Annual report of the Punjab Veterinary College and of the Civil Veterinary Department, Punjab - 1926-1932
Year: 1926
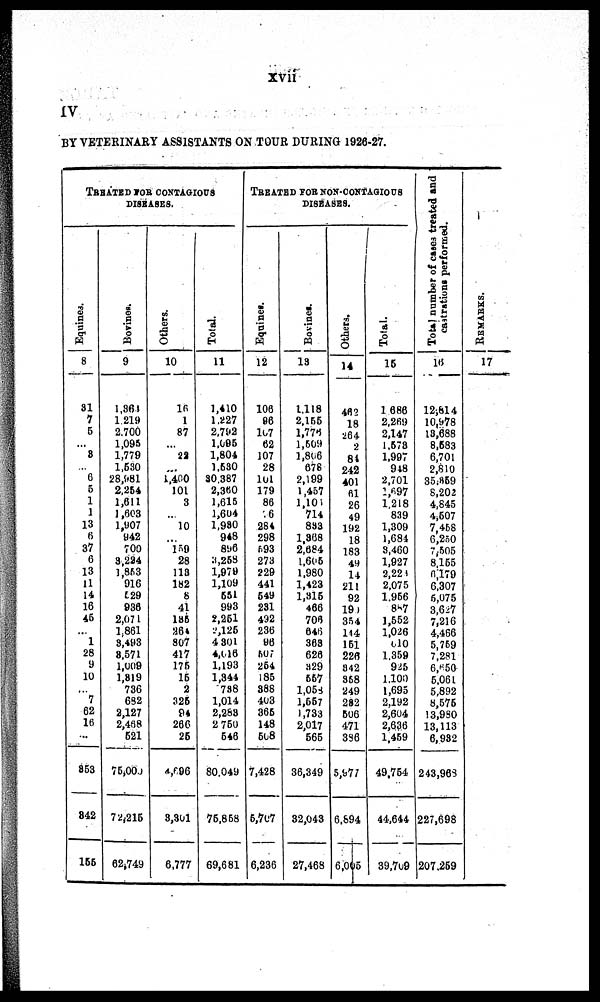
xvii
IV
BY VETERINARY ASSISTANTS ON TOUR DURING 1926-27.
TREATED FOR CONTAGIOUS
DISEASES.
Equines.
8
31
7
6
...
3
...
6
5
1
1
13
6
37
6
13
11
14
16
45
...
1
28
9
10
...
7
62
16
...
853
842
155
Bovines.
9
1,364
1,219
2.700
1,095
1,779
1,630
28,981
2,264
1,611
1,603
1,907
942
700
3,224
1,853
916
529
936
2,071
1,861
3,493
8,571
1,009
1,819
736
682
2,127
2,468
521
75,000
72,215
62,749
Others.
10
16
1
87
...
28
...
1,400
101
3
...
10
...
159
28
118
182
8
41
185
264
807
417
175
15
2
325
94
266
25
4,696
3,301
6,777
Total.
11
1,410
1,227
2,792
1,095
1,804
1,530
30,387
2,360
1,615
1,604
1,980
948
896
3,258
1,979
1,109
551
993
2,251
2,125
4,301
4,016
1,193
1,344
788
1,014
2,288
2,760
546
80,049
75,868
69,681
TREATED FOR NON-CONTAGIOUS
DISEASES.
Equines.
12
106
96
107
62
107
28
101
179
86
6
284
298
693
273
229
441
549
231
492
236
96
507
264
185
388
403
366
148
608
7,428
6,707
6,236
Bovines.
13
1,118
2,155
1,771
1,609
1,806
678
2,199
1,457
1,104
714
833
1,368
2,684
1,605
1,980
1,423
1,316
466
706
646
363
626
329
557
1,054
1,667
1,733
2,017
565
36,349
32,043
27,468
Others.
14
462
18
264
2
84
242
401
61
26
49
192
18
183
49
14
211
92
194
354
144
161
226
842
358
249
282
506
471
386
5,977
6,894
6,005
Total.
15
1686
2,269
2,147
1,578
1,997
948
2,701
1,697
1,218
839
1,309
1,684
8,460
1,927
2,224
2,075
1,966
857
1,552
1,026
610
1,359
925
1,100
1,695
2,192
2,604
2,636
1,469
49,764
44,644
39,769
Total number of cases treated and
castrations performed.
16
12,814
10,978
18,688
8,683
6,701
2,810
35,859
8,202
4,845
4,607
7,468
6,250
7,505
8,155
6,179
6,307
6,075
3,627
7,216
4,466
5,759
7,281
6,650
5,061
5,892
8,676
13,980
13,113
6,932
243,963
227,698
207.269
REMARKS.
17